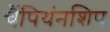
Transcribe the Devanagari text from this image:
चैंपियंनशिप